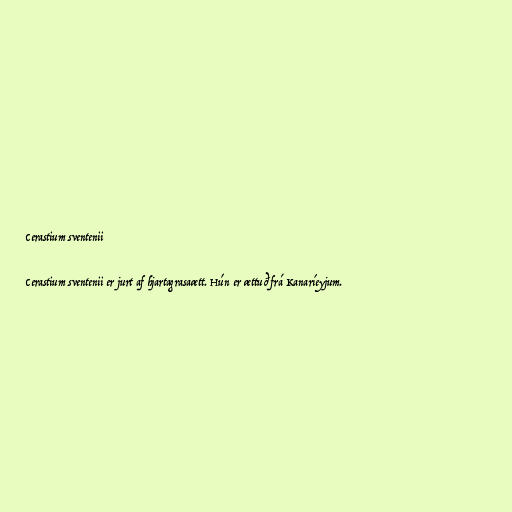
Cerastium sventenii

Cerastium sventenii er jurt af hjartagrasaætt. Hún er ættuð frá Kanaríeyjum.